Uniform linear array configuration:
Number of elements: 48
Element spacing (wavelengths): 0.5
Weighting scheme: hann
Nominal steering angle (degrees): -60
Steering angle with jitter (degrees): -60.797
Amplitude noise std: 0.05
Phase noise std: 0.05

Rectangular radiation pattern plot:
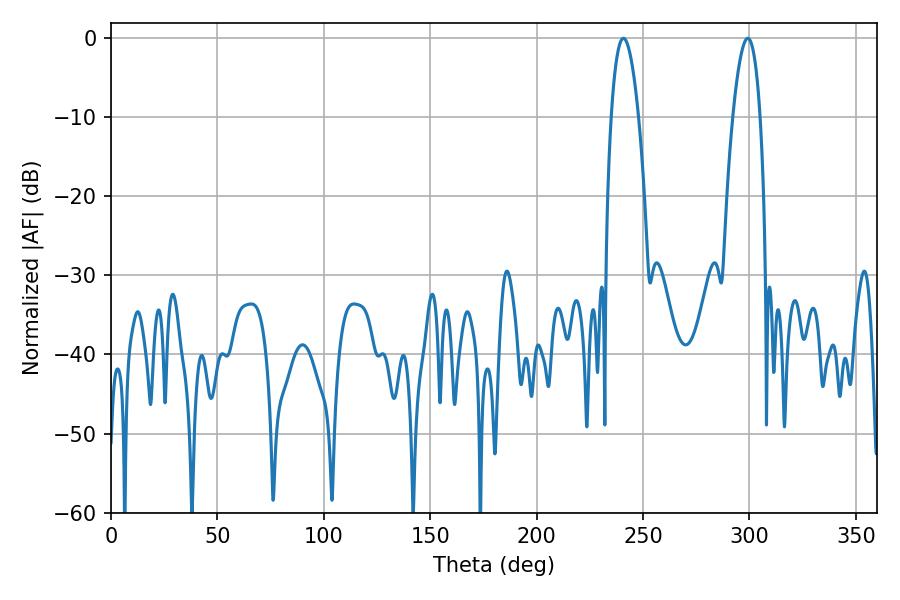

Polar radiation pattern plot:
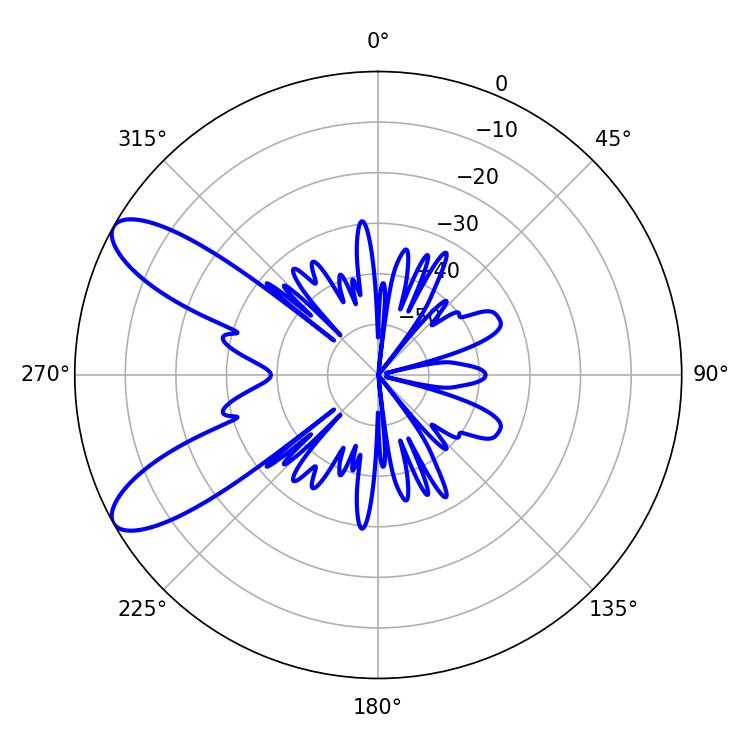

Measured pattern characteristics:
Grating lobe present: FALSE
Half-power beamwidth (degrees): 7.2
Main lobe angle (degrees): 299.16